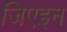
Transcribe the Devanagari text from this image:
जिएइन